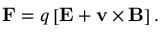
\mathbf { F } = q \left[ \mathbf { E } + \mathbf { v } \times \mathbf { B } \right] .